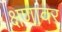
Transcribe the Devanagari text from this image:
क्षणावर